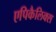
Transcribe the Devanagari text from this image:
एपिकैलिक्स